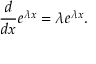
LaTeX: { \frac { d } { d x } } e ^ { \lambda x } = \lambda e ^ { \lambda x } .